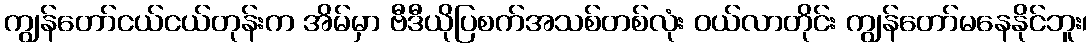
ကျွန်တော်ငယ်ငယ်တုန်းက အိမ်မှာ ဗီဒီယိုပြစက်အသစ်တစ်လုံး ဝယ်လာတိုင်း ကျွန်တော်မနေနိုင်ဘူး၊